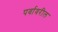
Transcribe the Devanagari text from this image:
पर्वावरील